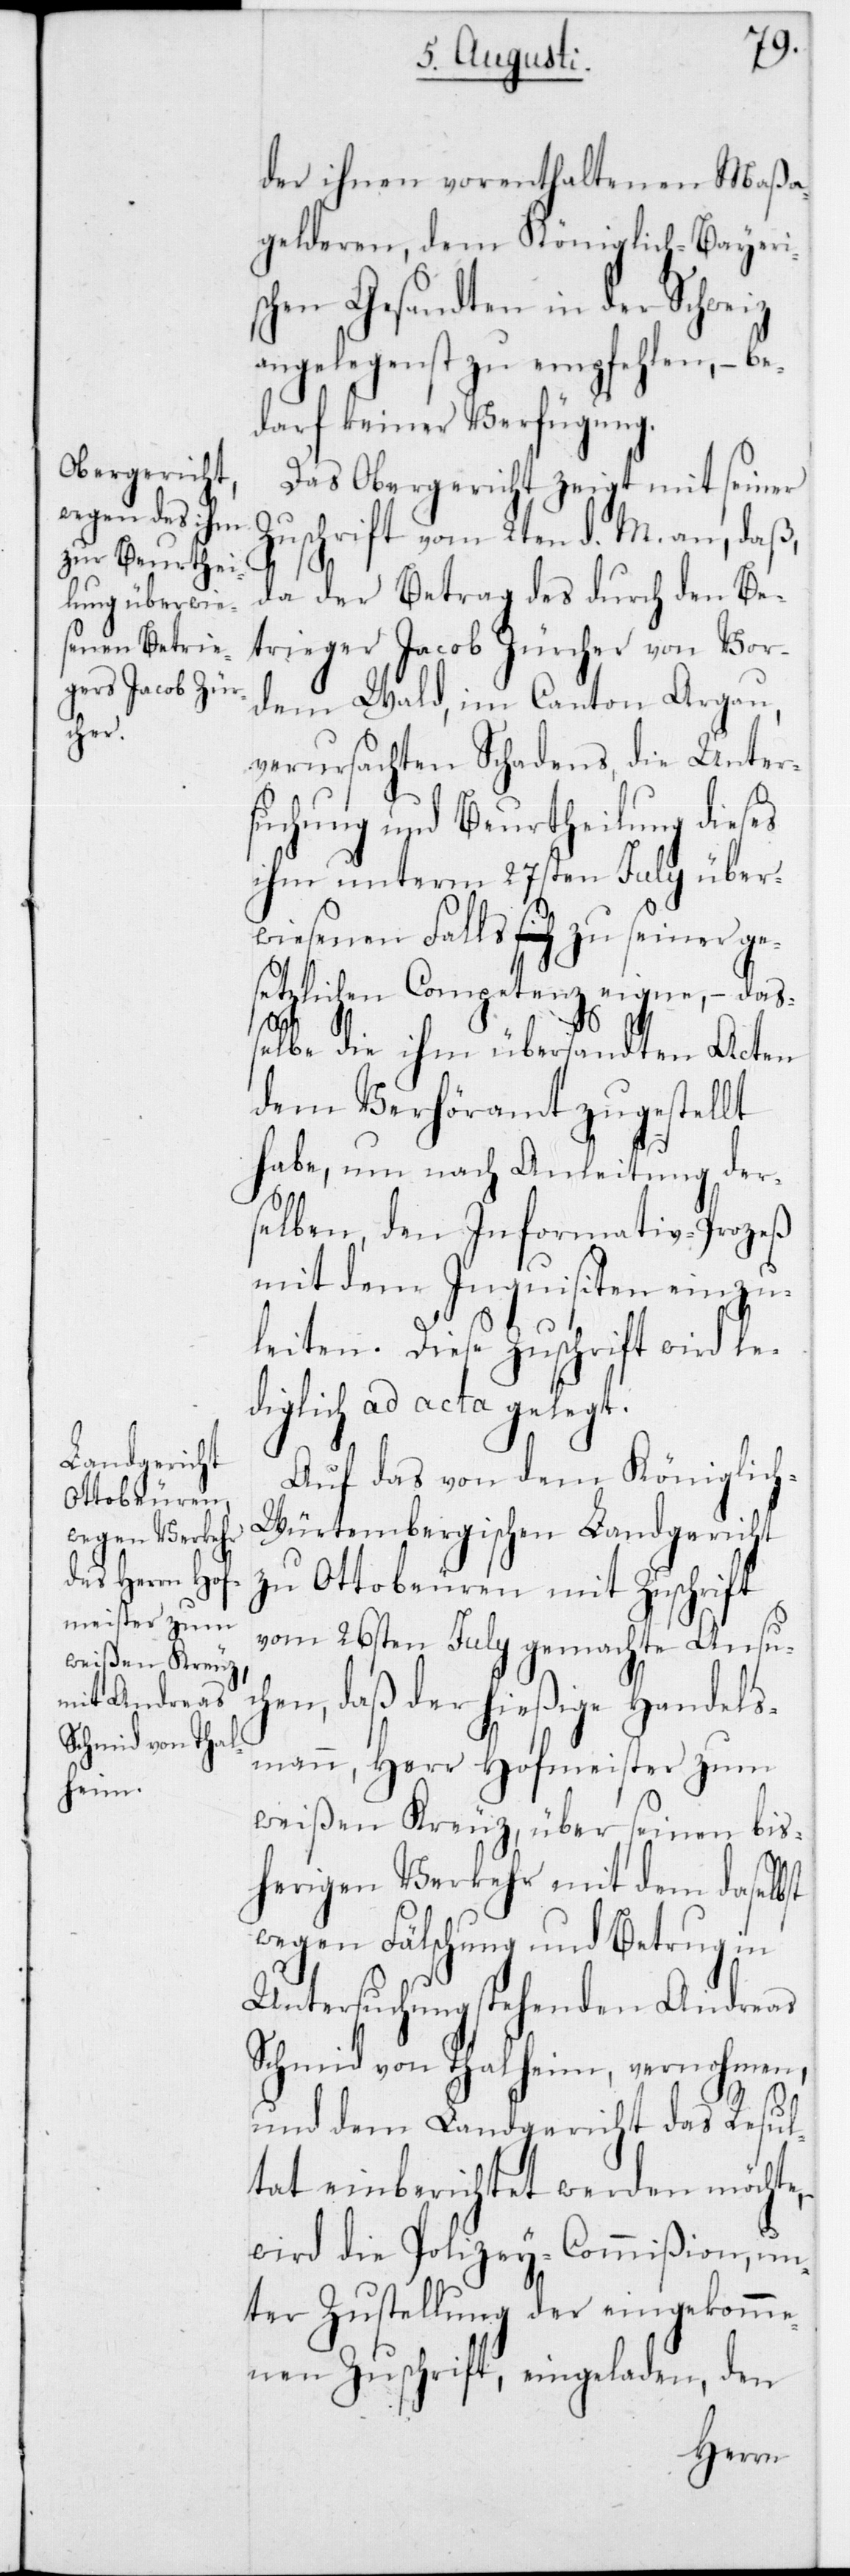
der ihnen vorenthaltenen Maßa¬
gelderen, dem Königlich-Bayeri¬
schen Gesandten in der Schweiz
angelegenst zu empfehlen, – be¬
darf keiner Verfügung.
Das Obergericht zeigt mit seiner
Zuschrift vom 2ten d. M. an, daß,
da der Betrag des durch den Be¬
trieger Jacob Zürcher von Vor¬
dem Wald im Canton Argau,
verursachten Schadens, die Unter¬
suchung und Beurtheilung dieses
ihm unterm 27sten July über¬
wiesenen Falls zu seiner ge¬
setzlichen Competenz eigne, – daß¬
elbe die ihm übersandten Acten
dem Verhöramt zugestellt
habe, um nach Anleitung der¬
selben, den Informativ-Prozeß
mit dem Inquisiten einzu¬
leiten. Diese Zuschrift wird le¬
diglich ad acta gelegt.
Auf das von dem Königlic¬
h-Würtembergischen Landgericht
zu Ottobeuren mit Zuschrift
vom 26sten July gemachte Ansu¬
chen, daß der hießige Handels¬
mann, Herr Hofmeister zum
weißen Kreuz, über seinen bis¬
herigen Verkehr mit dem daselbst
wegen Fälschung und Betrug in
Untersuchung stehenden Andreas
Schmid von Thalheim, vernohmen,
und dem Landgericht das Resul¬
tat einberichtet werden möchte,
wird die Polizey-Commißion, un¬
ter Zustellung der eingekomme¬
nen Zuschrift, eingeladen, den